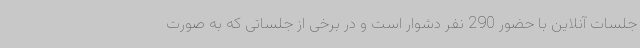
جلسات آنلاین با حضور 290 نفر دشوار است و در برخی از جلساتی که به صورت